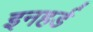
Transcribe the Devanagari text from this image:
इनहर्ड